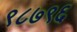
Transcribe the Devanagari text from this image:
९८७९६